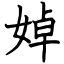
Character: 婥